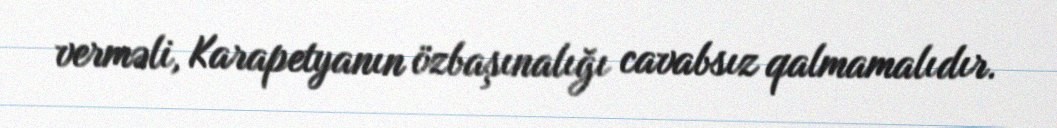
verməli, Karapetyanın özbaşınalığı cavabsız qalmamalıdır.